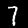
Label: 7